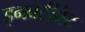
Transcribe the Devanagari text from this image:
इनवर्टीब्रेट